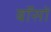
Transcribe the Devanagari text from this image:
बॉसों